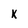
Character: K